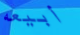
أبيعه